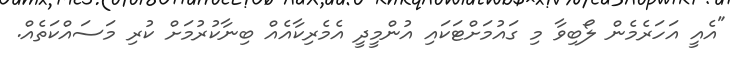
"އެއީ އަހަރެމެން ލޯބިވާ މި ގައުމަށްޓަކައި އުންމީދީ އެމެރިކާއެއް ބިނާކުރުމަށް ކުރި މަސައްކަތެއް.